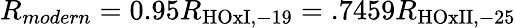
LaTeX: R_{modern}=0.95R_{\mathrm{HOxI,-19}}=.7459R_{\mathrm{HOxII,-25}}